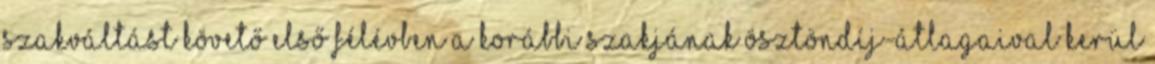
szakváltást követő első félévben a korábbi szakjának ösztöndíj-átlagaival kerül